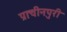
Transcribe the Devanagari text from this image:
प्राचीनपुरी